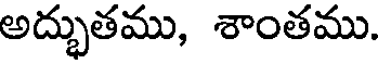
అద్భుతము, శాంతము.